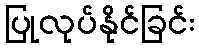
ပြုလုပ်နိုင်ခြင်း